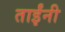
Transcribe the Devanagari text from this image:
ताईंनी